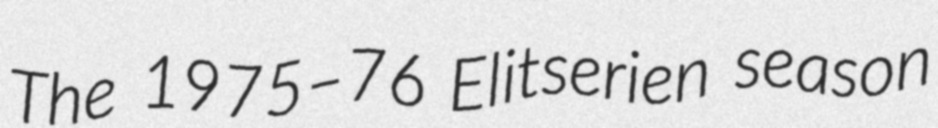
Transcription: The 1975–76 Elitserien season